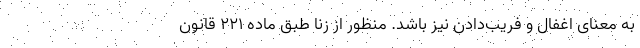
به معنای اغفال و فریب‌دادن نیز باشد. منظور از زنا طبق ماده ۲۲۱ قانون